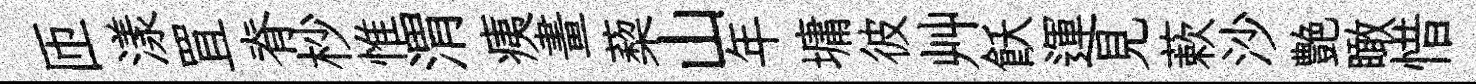
匝漾罝脊杪惟渭痍畫蔾山年墉彼艸飫運見蔌沙艶瞰惜